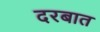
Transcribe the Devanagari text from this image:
दरबात